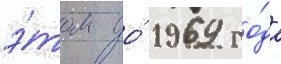
э́том до́ 1969 го́да